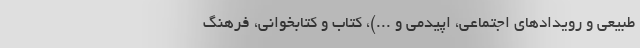
طبیعی و رویدادهای اجتماعی، اپیدمی و ...)، کتاب و کتابخوانی، فرهنگ